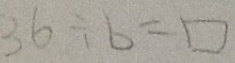
3 6 \div b = \square